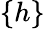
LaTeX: \{ h\}